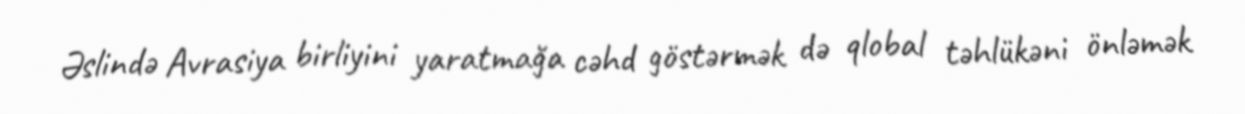
Əslində Avrasiya birliyini yaratmağa cəhd göstərmək də qlobal təhlükəni önləmək